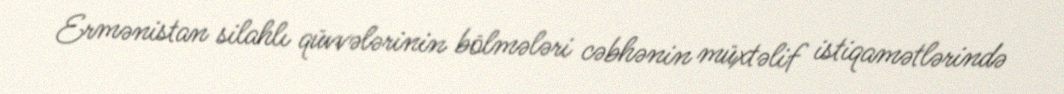
Ermənistan silahlı qüvvələrinin bölmələri cəbhənin müxtəlif istiqamətlərində